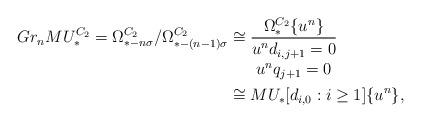
LaTeX: \begin{align*}Gr_nMU^{C_2}_* = \Omega^{C_2}_{*-n\sigma} / \Omega^{C_2}_{* - (n-1)\sigma} & \cong \dfrac{\Omega^{C_2}_* \{ u^n\}}{\begin{matrix} u^nd_{i,j+1}= 0 \\ u^nq_{j+1} = 0 \end{matrix} } \\& \cong MU_*[d_{i,0} : i \geq 1] \{u^n\},\end{align*}